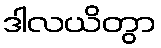
ဒါလယိတွာ